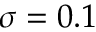
\sigma = 0 . 1